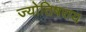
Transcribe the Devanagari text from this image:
ज्योतिषराय